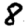
Digit: 8